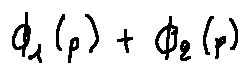
\phi _ { 1 } ( p ) + \phi _ { 2 } ( p )